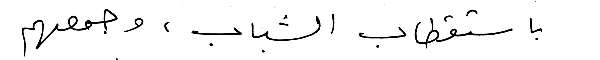
باستقطاب الشباب ، وجمعهم